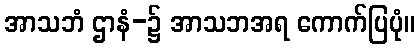
အာသဘံ ဌာနံ-၌ အာသဘအရ ကောက်ပြပုံ။